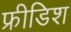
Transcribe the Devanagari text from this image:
फ्रीडिश